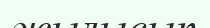
жылысып